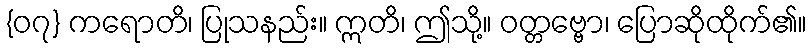
{၀၇} ကရောတိ၊ ပြုသနည်း။ ဣတိ၊ ဤသို့။ ဝတ္တဗ္ဗော၊ ပြောဆိုထိုက်၏။